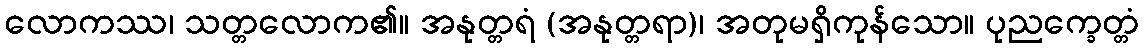
လောကဿ၊ သတ္တလောက၏။ အနုတ္တရံ (အနုတ္တရာ)၊ အတုမရှိကုန်သော။ ပုညက္ခေတ္တံ